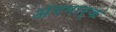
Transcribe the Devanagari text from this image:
अॅगमार्क